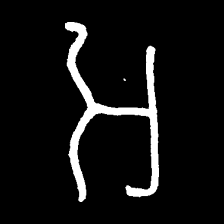
Pyu character \u2014 Myanmar letter: အ (romanized: a)